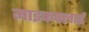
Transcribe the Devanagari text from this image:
माइकफ्लाई